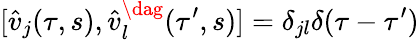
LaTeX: [\hat{v}_{j}(\tau,s),\hat{v}_{l}^{\dag}(\tau^{\prime},s)]=\delta_{jl}\delta(\tau-\tau^{\prime})